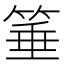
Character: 箠